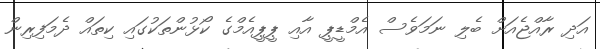
އަދި ރާއްޖެއަށް ބެލި ނަމަވެސް އެމްޑީޕީ އާއި ޕީޕީއެމްގެ ކޯޅުންތަކުގައި ކިތައް ދެމަފިރިން